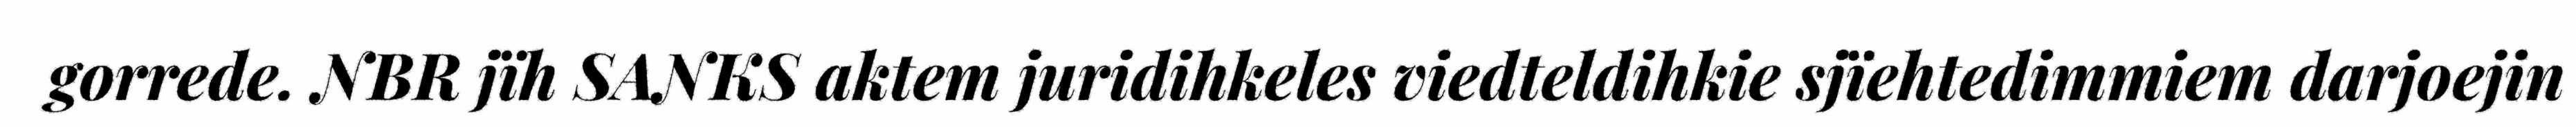
gorrede. NBR jïh SANKS aktem juridihkeles viedteldihkie sjïehtedimmiem darjoejin